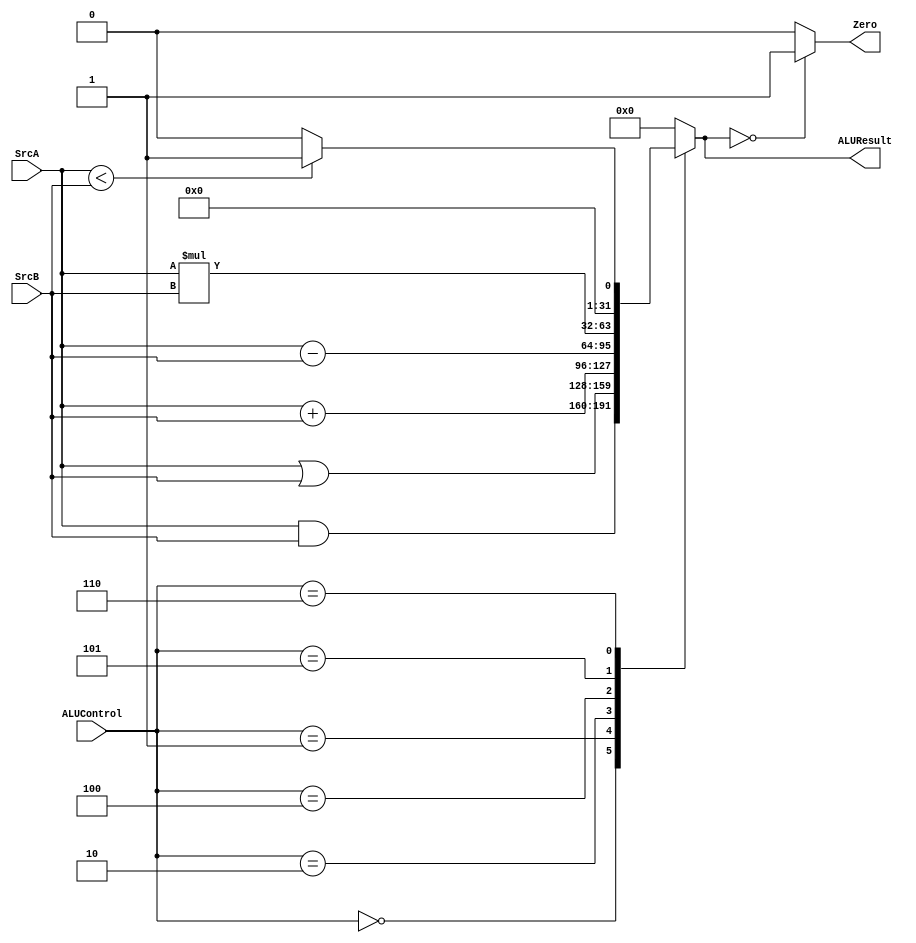
module ALU (
input   wire    [31:0]  SrcA,
input   wire    [31:0]  SrcB,
input   wire    [2:0]   ALUControl,
output  wire            Zero,
output  reg     [31:0]  ALUResult
);

always @(*)
 begin
    case(ALUControl)
    3'b000 :    ALUResult = SrcA & SrcB ;
    3'b001 :    ALUResult = SrcA | SrcB ;
    3'b010 :    ALUResult = SrcA + SrcB ;
    3'b100 :    ALUResult = SrcA - SrcB ;
    3'b101 :    ALUResult = SrcA * SrcB ;
    3'b110 :    ALUResult = (SrcA<SrcB) ? 32'b1 : 32'b0 ;
    
    default :   ALUResult = 32'b0 ;
    
    endcase
 end

assign Zero = (ALUResult == 32'b0) ? 1'b1 : 1'b0 ;

endmodule